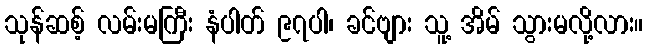
သုန်ဆစ့် လမ်းမကြီး နံပါတ် ၉၇ပါ၊ ခင်ဗျား သူ့ အိမ် သွားမလို့လား။